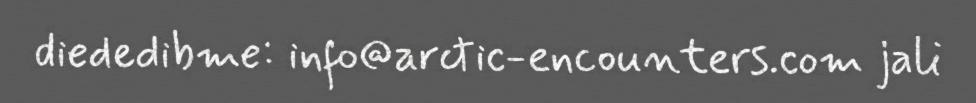
diededibme: info@arctic-encounters.com jali